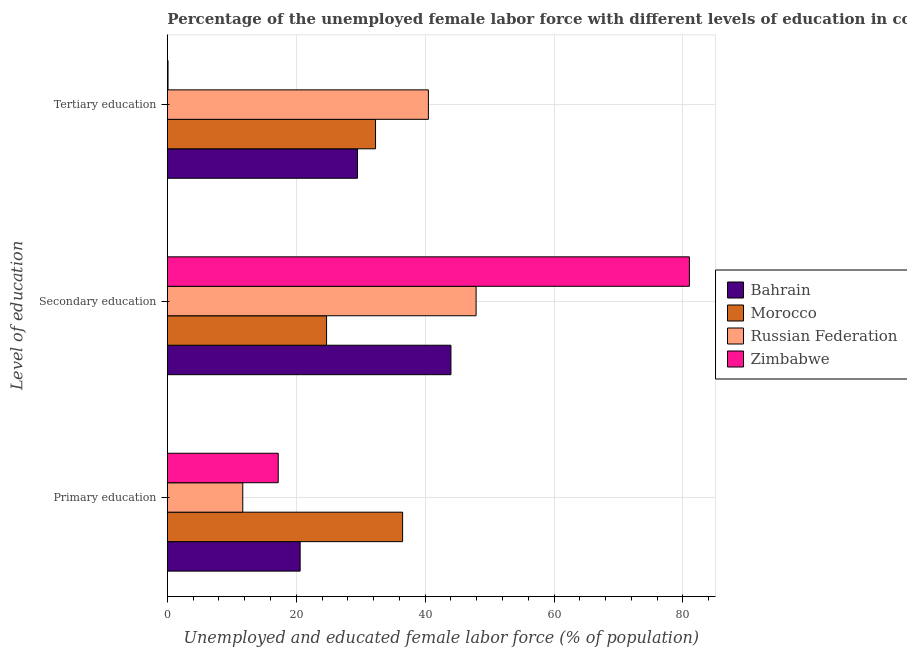
| Level of education | Bahrain | Morocco | Russian Federation | Zimbabwe |
 | --- | --- | --- | --- | --- |
 | Primary education | 20.6 | 36.5 | 11.7 | 17.2 |
 | Secondary education | 44 | 24.7 | 47.9 | 81 |
 | Tertiary education | 29.5 | 32.3 | 40.5 | 0.1 |